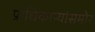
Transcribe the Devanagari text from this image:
प्राधिकाऱ्यांसमोर